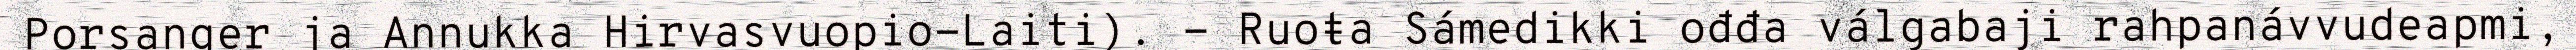
Porsanger ja Annukka Hirvasvuopio-Laiti). - Ruoŧa Sámedikki ođđa válgabaji rahpanávvudeapmi,